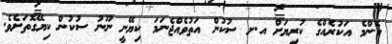
ކޮންމެ އަކުރެއްގެ ކުރިޔަށް އ.ށ ސުކުން އަތުވެއްޖެނަމަ ކިޔޭނީ ނޫނު ސުކުން ކިޔޭގޮތަށެވެ.